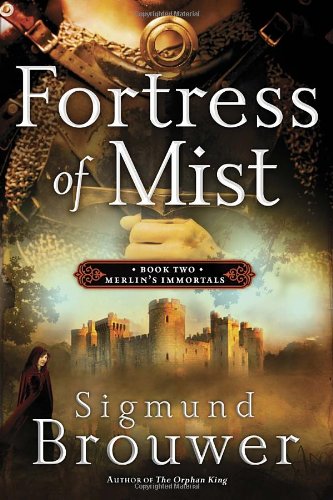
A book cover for Fortress of Mist: Book 2 in the Merlin's Immortals series; Sigmund Brouwer; Children's Books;